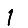
Digit: 1